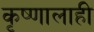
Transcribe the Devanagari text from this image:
कृष्णालाही